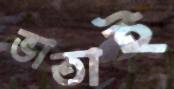
ভাতাই